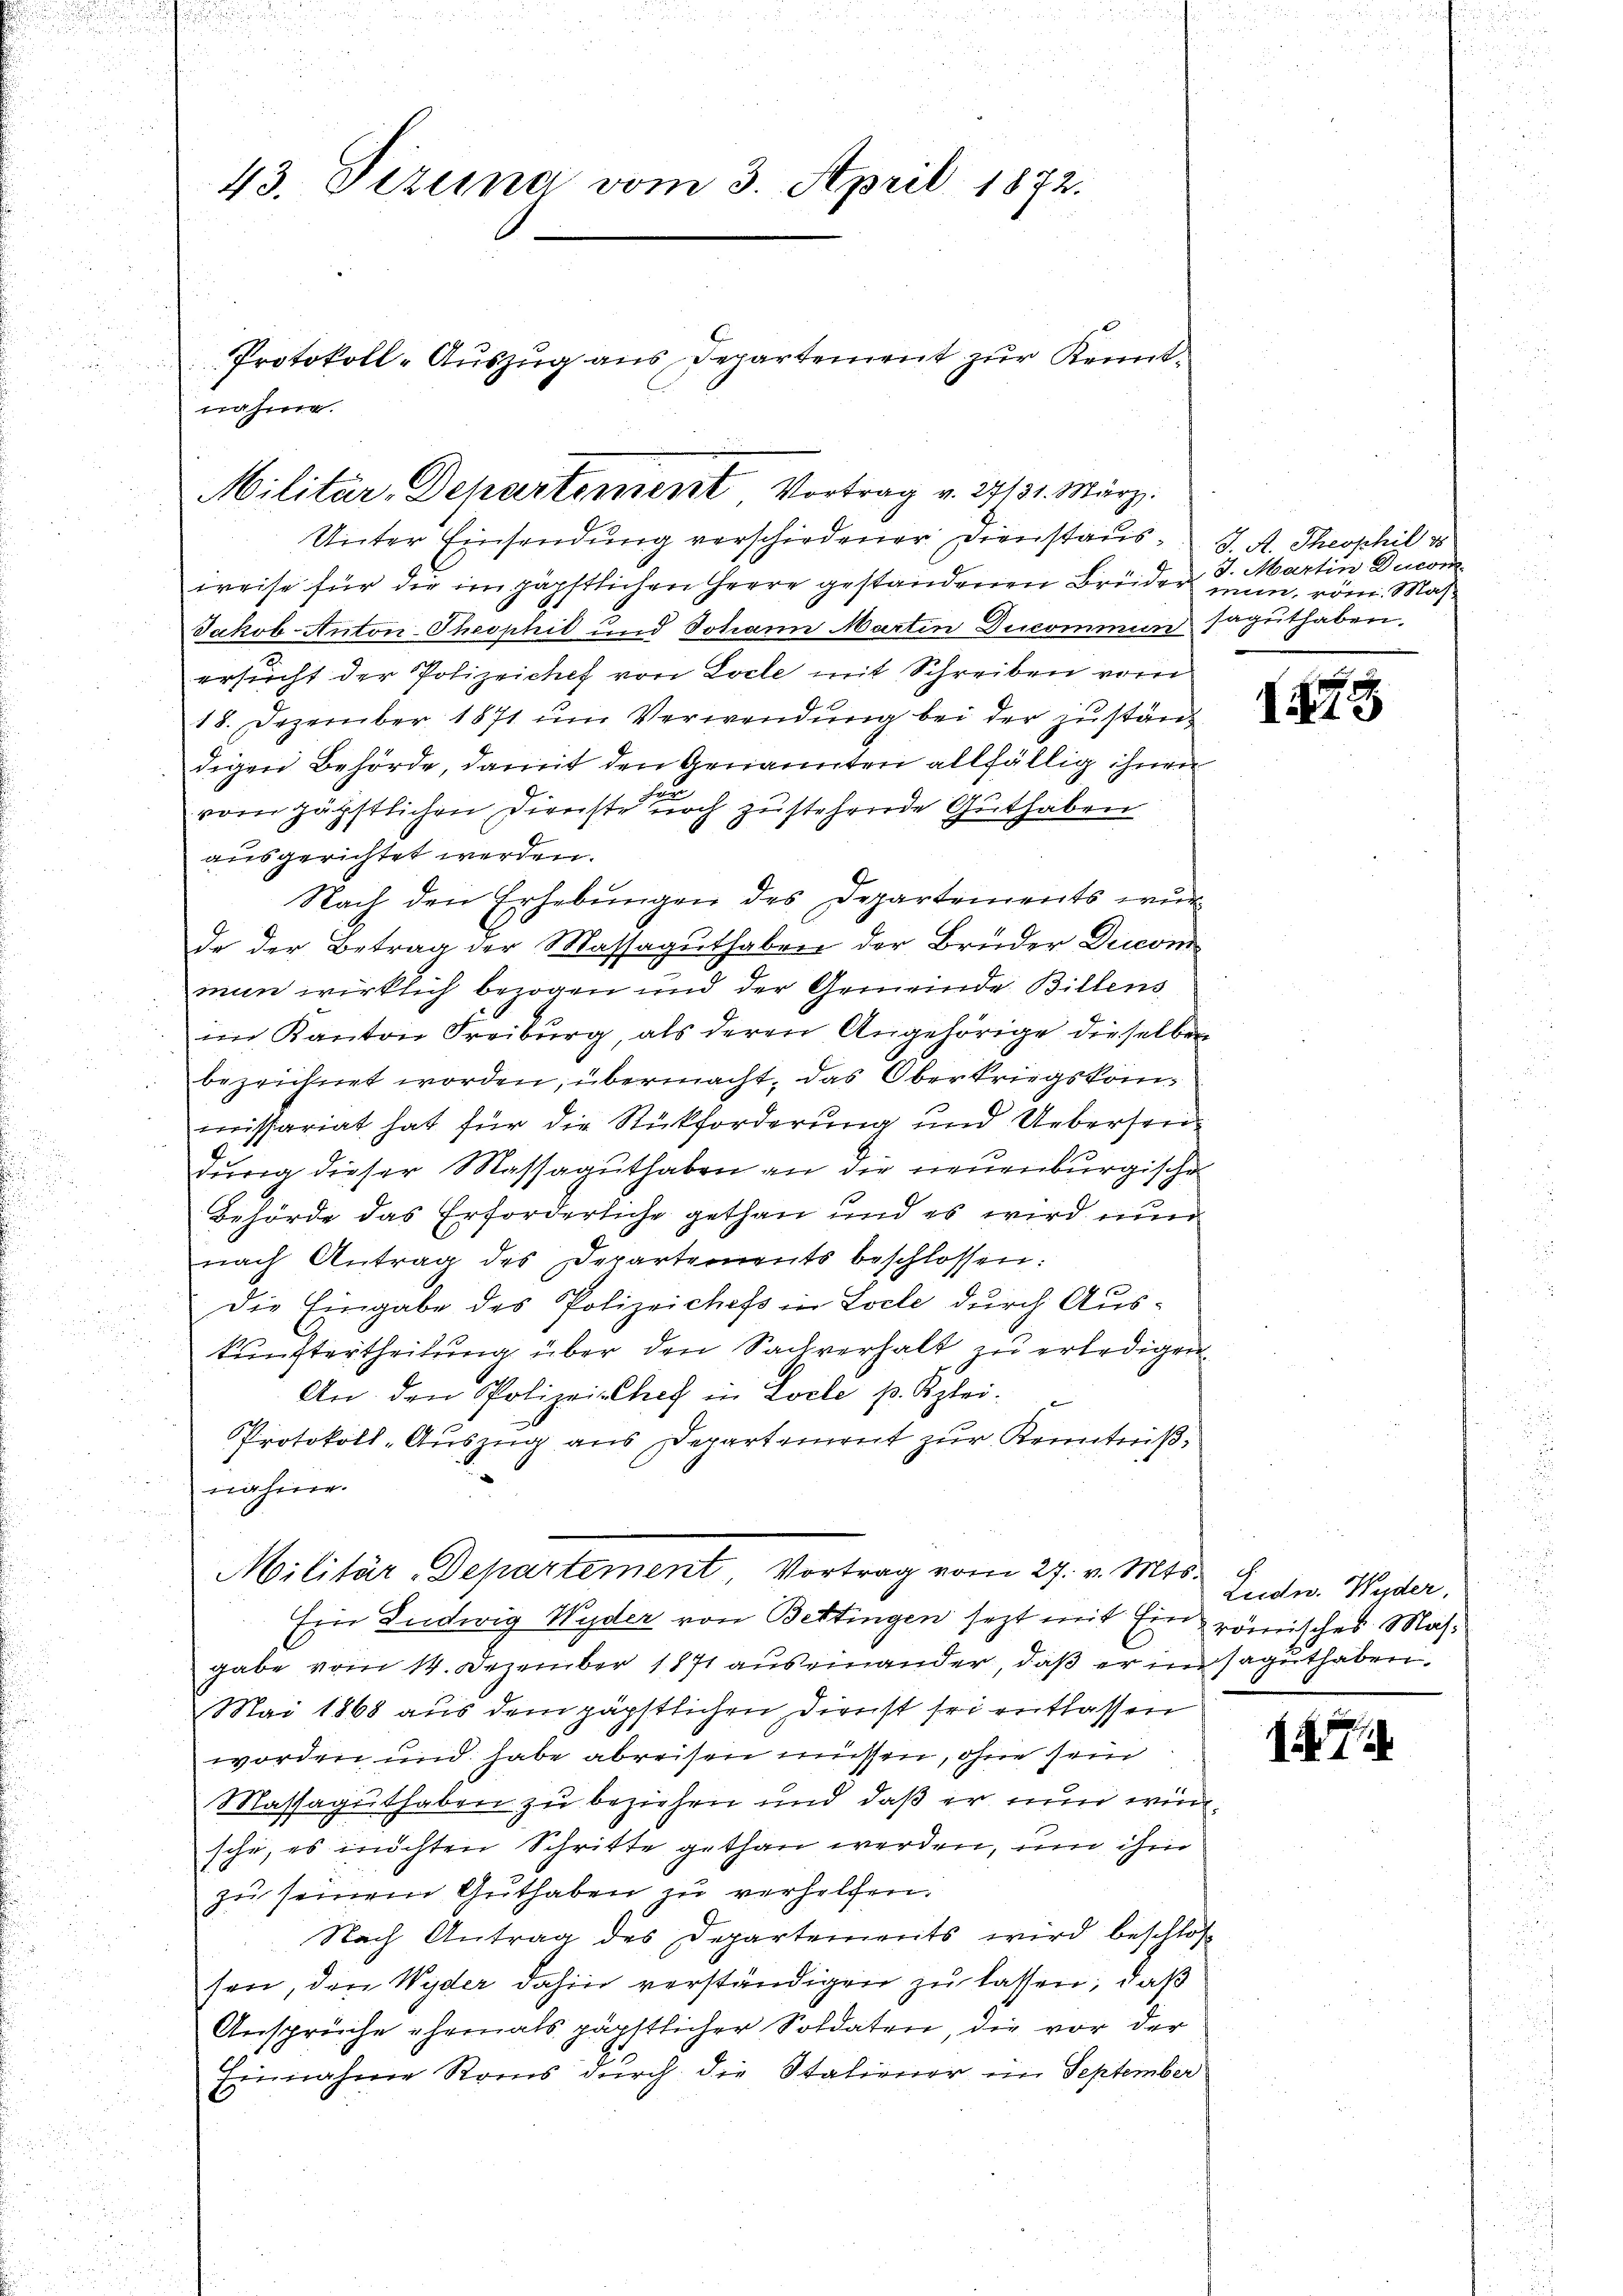
Unter Einsendung verschiedener Dienstaus J. A. Theophil v
weise für die im päpstlichen Heere gestandenen Brüder man, röm. Mas¬
Jakob Anton-Theophil und Johann Martin Ducommin saguthaben.
ersucht der Polizeichef von Loche mit Schreiben vom
18. Dezember 1871 um Verwendung bei der zuständigen Behörde, damit den Arnannten allfällig ihnen
u
vom päbstlichen Dienste noch zustehende Guthaben
ausgerichtet werden.
Nach den Erhebŭngen des Departements wŭr
de der Betrag der Massaguthaben der Brüder Dicom
mun wirklich bezogen und der Gemeinde Billens
im Kanton Freiburg, als deren Angehörige dieselben
bezeichnet worden, übermacht, das Oberkriegskommissariat hat für die Rückforderung und Uebersen¬
Durra dieser Massaguthaben an die neuenburgische
Behörde das Erforderliche gethan und es wird nun
nach Antrag des Departements beschlossen:
f
Die Eingabe des Polizeichefs in Loche durch Aus¬
G.
Sunstertheilung über den Sachverhalt zu erledigen
An den Polizei-Chef in Locle p. Klei
Protokoll-Auszug aus Departement zur Kenntnißnahme.
Militär-Departement, Vortrag vom 27. v. Mts.
Ein Ludwig Wyder von Bettingen jezt mit Ein römisches Masgabe vom 14. Dezember 1871 auseinander, daß er in saguthaben,
Mai 1868 aus dem päpstlichen Dienst sei entlassen
worden und habe abreisen müssen, ohne sein
Massaguthaben zu beziehen und daß er nun erinsche, es möchten Schritte gethan werden, um ihm
zu seinem Guthaben zu verhelfen.
Nach Antrag des Departements wird beschloß
sen, den Wyder dahin verständigen zu lassen, daß
Ansprüche ehemals päpstlicher Soldaten, die vor der
Einnahme Roms durch die Statiener im September
1
5

43. Tizia vom 3. April 1872.
Protokoll-Aŭszŭg ans Departement zŭr Kennt-
nahme.

Militär-Departement Vortrag v. 27131. März.

J. Martin Ducom

185

Ludw. Wyder,

1574